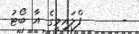
-      ފްލައިމީގެ އާ ބޯޓު